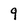
Character: 9